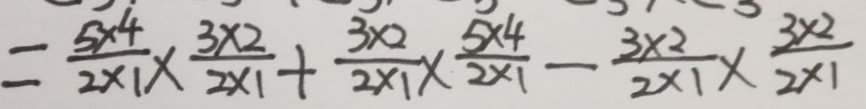
= \frac { 5 \times 4 } { 2 \times 1 } \times \frac { 3 \times 2 } { 2 \times 1 } + \frac { 3 \times 2 } { 2 \times 1 } \times \frac { 5 \times 4 } { 2 \times 1 } - \frac { 3 \times 2 } { 2 \times 1 } \times \frac { 3 \times 2 } { 2 \times 1 }